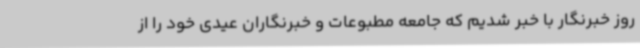
روز خبرنگار با خبر شدیم که جامعه مطبوعات و خبرنگاران عیدی خود را از